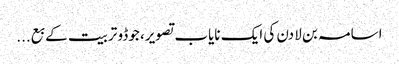
اسامہ بن لادن کی ایک نایاب تصویر، جوڈو تربیت کے بع...